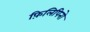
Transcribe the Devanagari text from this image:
फ़िलिपिनो